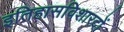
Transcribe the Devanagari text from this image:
इतिहासविशारदों